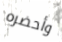
وأحضره